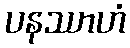
ပနဿာဟံ